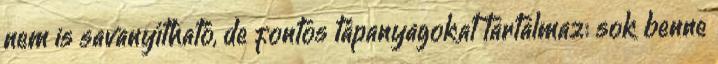
nem is savanyítható, de fontos tápanyagokat tartalmaz: sok benne